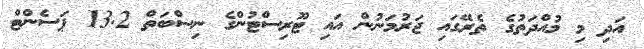
އަދި މި މުއްދަތުގެ ތެރޭގައި ޖަރުމަނުން އައި ޓޫރިސްޓުންގެ ނިސްބަތް 13.2 ޕަސެންޓް